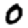
Digit: 0